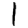
Digit: 1